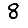
Digit: 8